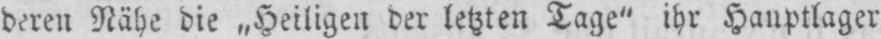
deren Nähe die „Heiligen der letzten Tage” ihr Hauptlager